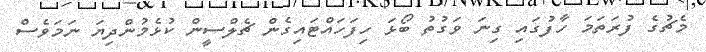
މެޗުގެ ފުރަތަމަ ހާފުގައި ގިނަ ވަގުތު ބޯޅަ ހިފަހައްޓައިގެން ޗެލްސީން ކުޅެމުންދިޔަ ނަމަވެސް